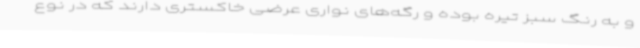
و به رنگ سبز تیره بوده و رگه‌های نواری عرضی خاکستری دارند که در نوع